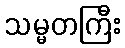
သမ္မတကြီး